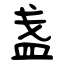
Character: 盏